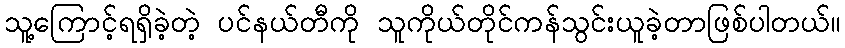
သူ့ကြောင့်ရရှိခဲ့တဲ့ ပင်နယ်တီကို သူကိုယ်တိုင်ကန်သွင်းယူခဲ့တာဖြစ်ပါတယ်။